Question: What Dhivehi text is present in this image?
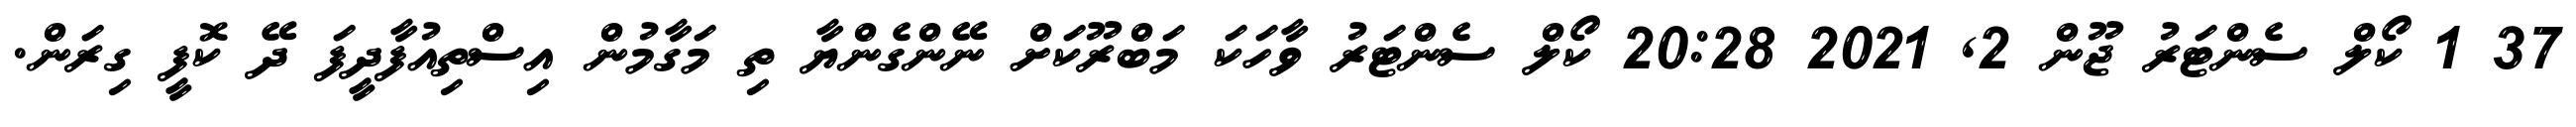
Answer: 37 1 ކޯލް ސެންޓަރު ޖޫން 2, 2021 20:28 ކޯލް ސެންޓަރު ވާހަކަ މަބްރޫކަށް ނޭންގެންޔާ ތި މަގާމުން އިސްތިއުފާދީފަ ދޭ ކޮފީ ގިރަން.